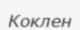
Коклен